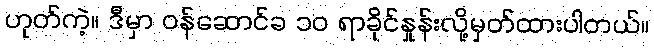
ဟုတ်ကဲ့။ ဒီမှာ ဝန်ဆောင်ခ ၁၀ ရာခိုင်နှုန်းလို့မှတ်ထားပါတယ်။